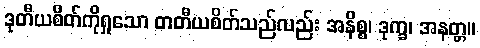
ဒုတီယစိတ်ကိုရှုသော တတီယစိတ်သည်လည်း အနိစ္စ၊ ဒုက္ခ၊ အနတ္တ။